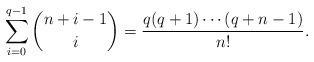
LaTeX: \begin{align*}\sum_{i=0}^{q-1}\binom{n+i-1}{i}=\frac{q(q+1)\cdots (q+n-1)}{n!}.\end{align*}